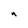
Character: n